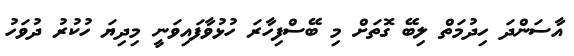
އާސަންދަ ހިދުމަތް ލިބޭ ގޮތަށް މި ބޭސްފިހާރަ ހުޅުވާފައިވަނީ މިދިޔަ ހުކުރު ދުވަހު